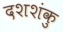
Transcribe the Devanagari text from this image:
दशशंकु